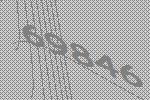
69846